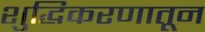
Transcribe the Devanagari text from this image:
शुद्धिकरणातून